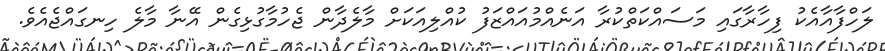
ލަހްފާއާއެކު ފިހާރާގައި މަސައްކަތްކުރާ އަނެއްމުއައްޒަފު ކުއްލިއަކަށް މާލެދާން ޖެހުމާގުޅިގެން އޭނާ މާލެ ހިނގައްޖެއެވެ.